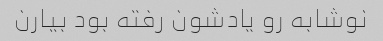
نوشابه رو یادشون رفته بود بیارن